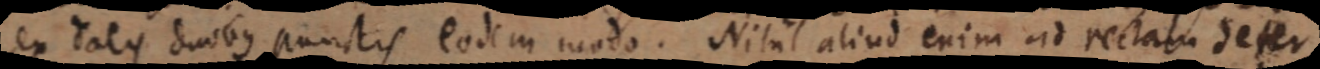
ex talis duobus punctis eodem modo. Nihil aliud enim ad rectam deter